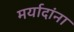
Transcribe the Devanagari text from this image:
मर्यादांना